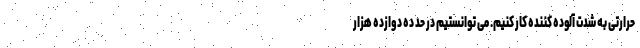
حرارتی به شدت آلوده کننده کار کنیم. می توانستیم در حد ده دوازده هزار